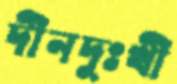
দীনদুঃখী